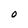
Character: 0